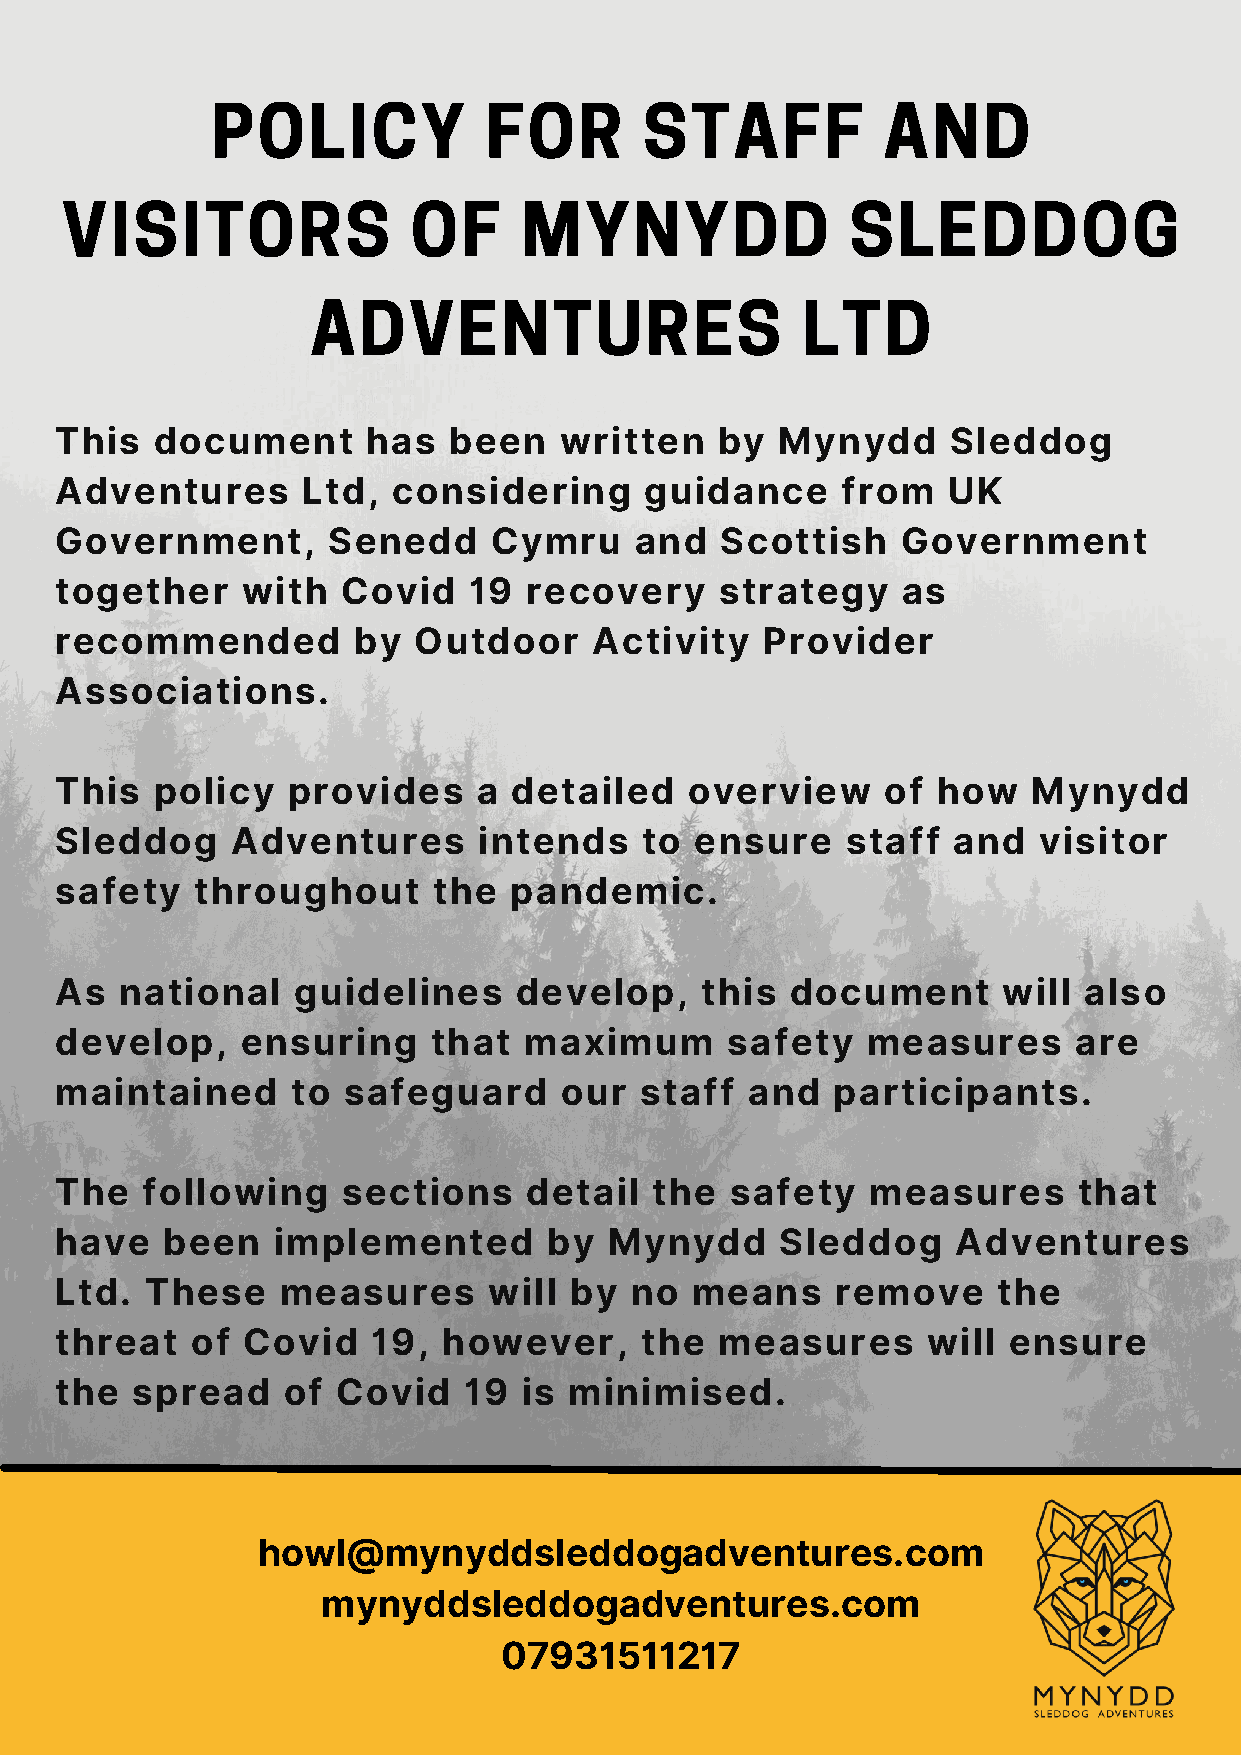
POLICY            FOR        STAFF          AND
 VISITORS               OF     MYNYDD                SLEDDOG
 ADVENTURES                      LTD
 This  document      has   been   written    by  Mynydd     Sleddog
 Adventures      Ltd,  considering      guidance     from   UK
 Government,       Senedd    Cymru     and   Scottish    Government
 together    with   Covid   19  recovery     strategy    as
 recommended        by  Outdoor     Activity   Provider
 Associations.
 This  policy   provides     a detailed    overview     of how   Mynydd
 Sleddog    Adventures       intends   to  ensure    staff  and   visitor
 safety   throughout      the  pandemic.
 As  national   guidelines     develop,    this  document      will  also
 develop,    ensuring     that  maximum      safety   measures      are
 maintained     to  safeguard     our  staff   and  participants.
 The  following     sections    detail  the  safety    measures     that
 have   been   implemented       by  Mynydd      Sleddog    Adventures
 Ltd.  These    measures     will  by  no  means    remove     the
 threat   of Covid    19, however,     the   measures     will  ensure
 the  spread    of Covid    19  is minimised.
 howl@mynyddsleddogadventures.com
 mynyddsleddogadventures.com
 07931511217